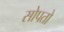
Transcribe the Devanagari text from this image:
सोपतो